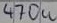
Text: 470u